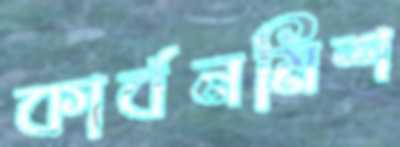
কার্বনমিশ